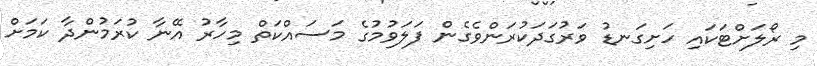
މި ރޯލަށްޓަކައި ހަށިގަނޑު ވަރުގަދަކުރަންވެގެން ފަލަވުމުގެ މަސައްކަތް މިހާރު އޭނާ ކުރަމުންދާ ކަމަށް